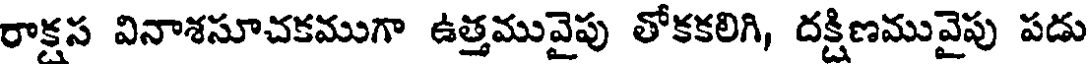
రాక్షస వినాశసూచకముగా ఉత్తమువైపు తోకకలిగి, దక్షిణమువైపు పడు